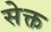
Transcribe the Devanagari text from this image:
सेक्त